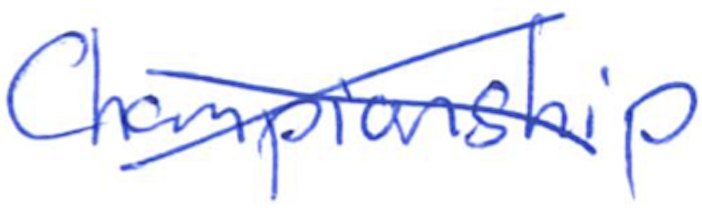
Text: Championship
Cross-out: cross
Writing tool: ballpoint